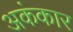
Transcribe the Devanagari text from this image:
अकंकार